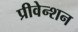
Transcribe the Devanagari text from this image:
प्रीवेन्शन